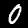
Digit: 0